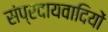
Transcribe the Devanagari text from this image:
संप्रदायवादियों